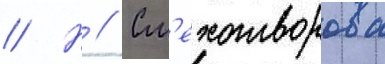
// Н // См'ехотворова